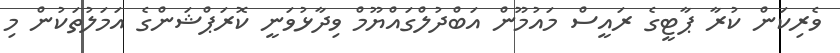
ވެރިކަން ކުރާ ޕާޓީގެ ރައީސް މައުމޫން އަބްދުލްގައްޔޫމް ވިދާޅުވަނީ ކޮރަޕްޝަންގެ އަމަލުތަކުން މި